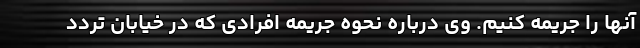
آنها را جریمه کنیم. وی درباره نحوه جریمه افرادی که در خیابان‌ تردد